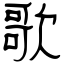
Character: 歌